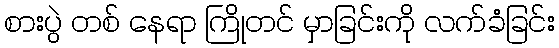
စားပွဲ တစ် နေရာ ကြိုတင် မှာခြင်းကို လက်ခံခြင်း